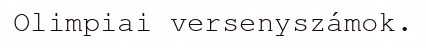
Olimpiai versenyszámok.